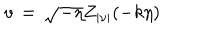
v \, = \, \sqrt { - \eta } Z _ { | \nu | } ( - k \eta )